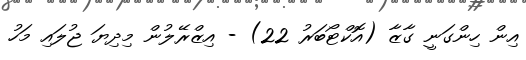
އިން ހިންގަނީ ގާޒާ (އޮކްޓޯބަރު 22) - އިޒްރޭލުން މިދިޔަ ޖުލައި މަހު